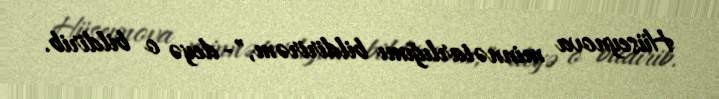
Hüseynova minnətarlığımı bildirirəm,"- deyə o bildirib.